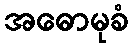
အဓောမုခံ